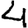
Digit: 4